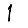
Digit: 1